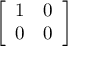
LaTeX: \left[ \begin{array} { l l } { 1 } & { 0 } \\ { 0 } & { 0 } \end{array} \right]